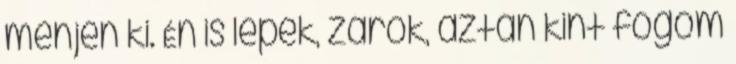
menjen ki. Én is lépek, zárok, aztán kint fogom